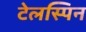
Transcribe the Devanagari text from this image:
टेलस्पिन